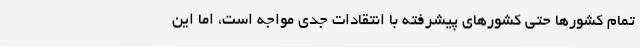
تمام کشورها حتی کشورهای پیشرفته با انتقادات جدی مواجه است، اما این